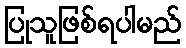
ပြုသူဖြစ်ရပါမည်